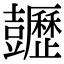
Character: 𧰡